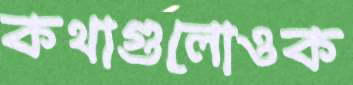
কথাগুলোওক